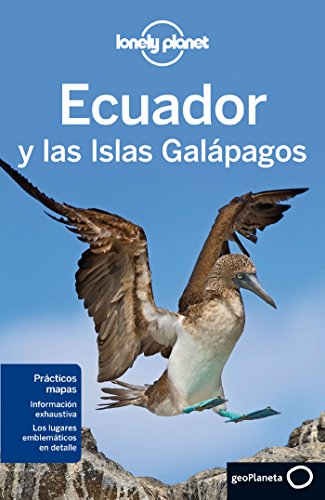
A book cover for Lonely Planet Ecuador y las islas Galapagos (Travel Guide) (Spanish Edition); Lonely Planet; Travel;